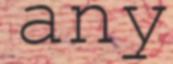
any